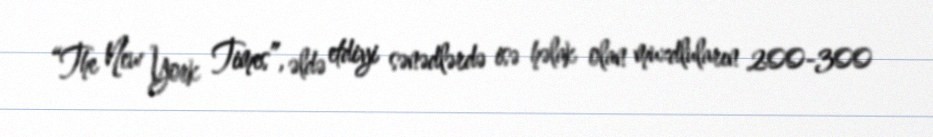
“The New York Times”, əldə etdiyi sənədlərdə isə həlak olan muzdluların 200-300